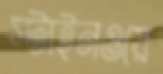
স্টাইনওয়ে